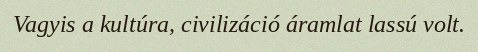
Vagyis a kultúra, civilizáció áramlat lassú volt.